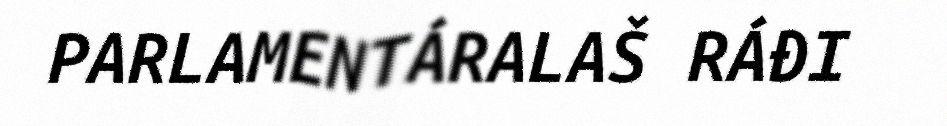
PARLAMENTÁRALAŠ RÁĐI